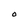
Character: O